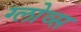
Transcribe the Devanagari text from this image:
ग्लोव्स